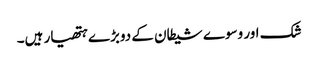
شک اور وسوے شیطان کے دوبڑے ہتھیار ہیں۔